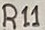
Text: R11